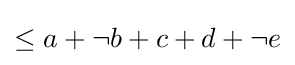
\leq a+\neg b+c+d+\neg e